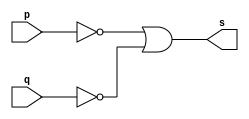
// --------------------- 
// Exercicio0004 - NAND 
// Nome: Marcio Enio G Dutra Junior 
// --------------------- 
 
// --------------------- 
// -- nand gate 
// --------------------- 
 
module nandgate (output s, input p, input q); 
	assign s = (~p)|(~q); 
endmodule // nand 
 
// --------------------- 
// -- test nandgate 
// --------------------- 
module testnandgate; 
// ------------------------- dados locais 
   reg   a,b; // definir registrador 
   wire  s;    // definir conexao (fio) 
// ------------------------- instancia 
   nandgate NAND1 (s, a, b); 
 
// ------------------------- preparacao 
   initial begin:start 
            a=0;
            b=0; 
   end 
 
// ------------------------- parte principal 
   initial begin:main 
         $display("Exercicio0004 - Marcio Enio G Dutra Junior - 441698"); 
         $display("Test nand gate"); 
         $display("\n~(a) | ~(b)  =  s\n"); 
 	#1    $monitor("~(%b) | ~(%b)  =  %b", a, b, s); 
	#1		a=0; b=1;
 	#1    a=1; b=0;
 	#1    a=1; b=1;

 
 end 
 
endmodule // testnandgate